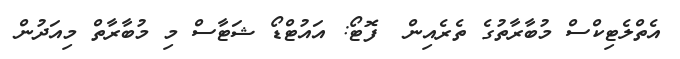
އެތްލެޓިކްސް މުބާރާތުގެ ތެރެއިން  ފޮޓޯ: އައުޓްޑޯ ޝަޓާސް މި މުބާރާތް މިއަދުން